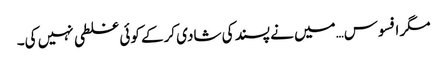
مگر افسوس…میں نے پسند کی شادی کرکے کوئی غلطی نہیں کی۔